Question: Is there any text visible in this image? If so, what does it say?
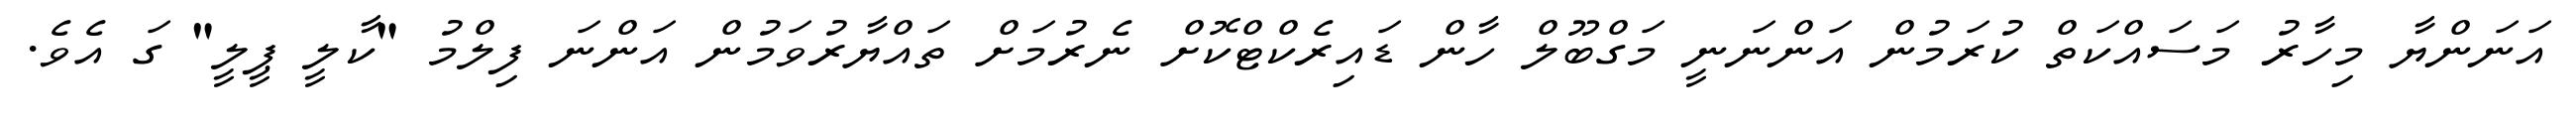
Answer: އަނަންޔާ މިހާރު މަސައްކަތް ކުރަމުން އަންނަނީ މަގްބޫލް ހާން ޑައިރެކްޓްކޮށް ނެރުމަށް ތައްޔާރުވަމުން އަންނަ ފިލްމު "ކާލީ ޕީލީ" ގަ އެވެ.